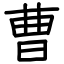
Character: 曹